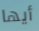
أيها